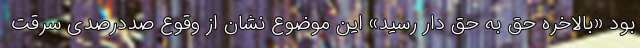
بود «بالاخره حق به حق دار رسید» این موضوع نشان از وقوع صد‌درصدی سرقت